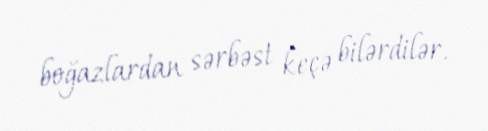
boğazlardan sərbəst keçə bilərdilər.